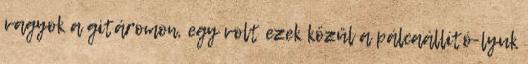
vagyok a gitáromon, egy volt ezek közül a pálcaállító-lyuk